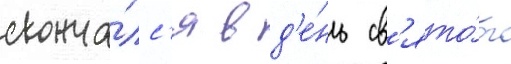
сконча́лс'я в д'е́нь св'ято́го